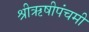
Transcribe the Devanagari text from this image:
श्रीऋषीपंचमी